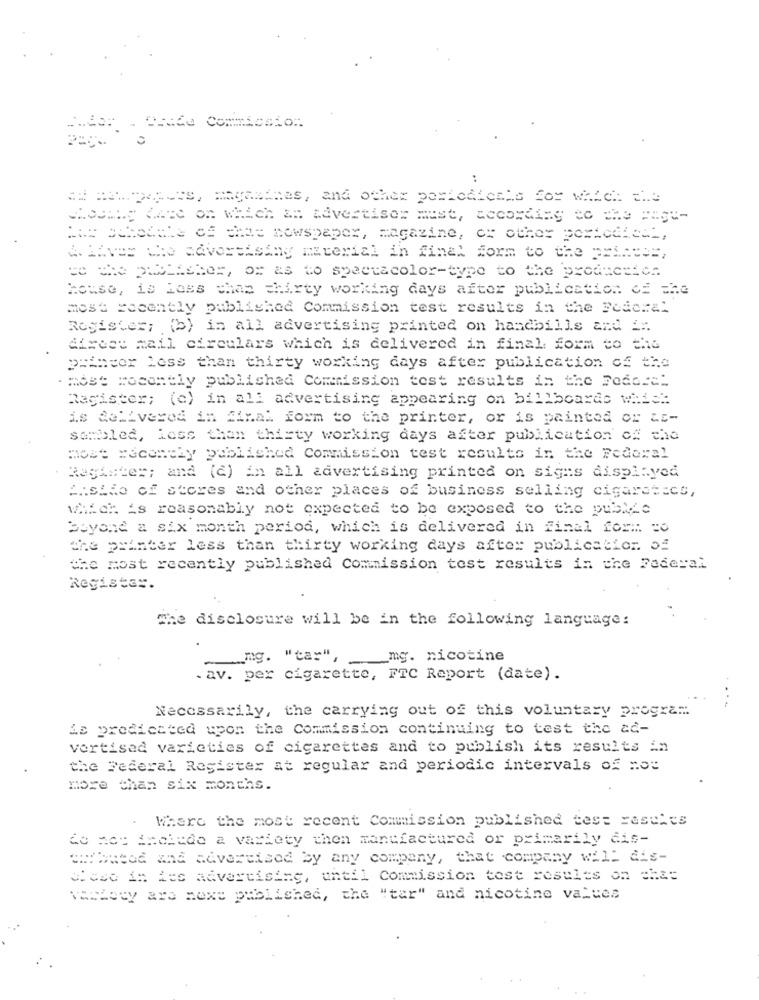
E.der . Drie Commiceto:
..
a newpapers, magazines, and other portodieals for which the
Hosmuy White on which an advertiser must, according to the == st-
HAR Schechte of the newspaper, magazine, or other periodical,
4. Hiver the advertising material in final form to the princes,
ce the publisher, or as to spectacolor-type to the productie ..
house, is Less chas thirty working days after publication of the
most recently published Commission test results in the Federal
Register; (b) in all advertising printed on handbills and _:.
direct mail circulars which is delivered in final form to the
princor Less than thirty working days after publication of the
. most recently published Commission test results in the Poder="
Magister; (c) in all advertising appearing on billboards which
is delivered in final form to the printer, or is painted or Li-
sembled, less than thisty working days after publication off che
most recently published Commission test results in the Federal
Register; and (2) in all advertising printed on signs displayed
P.side of stores and other places of business selling cigaretecs,
Which is reasonably not expected to be exposed to the publice
Beyond a six month period, which is delivered in final for :: = 0
the printer less than thirty working days after publication of
the most recently published Commission test results in the Federal
Register.
The disclosure will be in the following language:
mg. "tar", __ mg. nicotine
. av. per cigarette, FTC Report (date).
Necessarily, the carrying out of this voluntary program
is predicated upon the Commission continuing to test the ac-
vortised varieties of cigarettes and to publish its results in
the Federal Register at regular and periodic intervals of nos
more than six months.
Where the most recent Commission published test castles
do not include a variety then manufactured or primarily dis-
andbuted and advertised by any company, that company will dis-
C'est in its advertising, until Commission test results on chas
venhoty ara mexe published, the "tar" and nicotine values